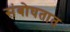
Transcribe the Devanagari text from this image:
संबोघतात